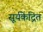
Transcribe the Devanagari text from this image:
सूर्यकेंद्रित